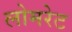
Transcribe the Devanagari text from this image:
लोमरेट